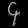
Digit: ၄